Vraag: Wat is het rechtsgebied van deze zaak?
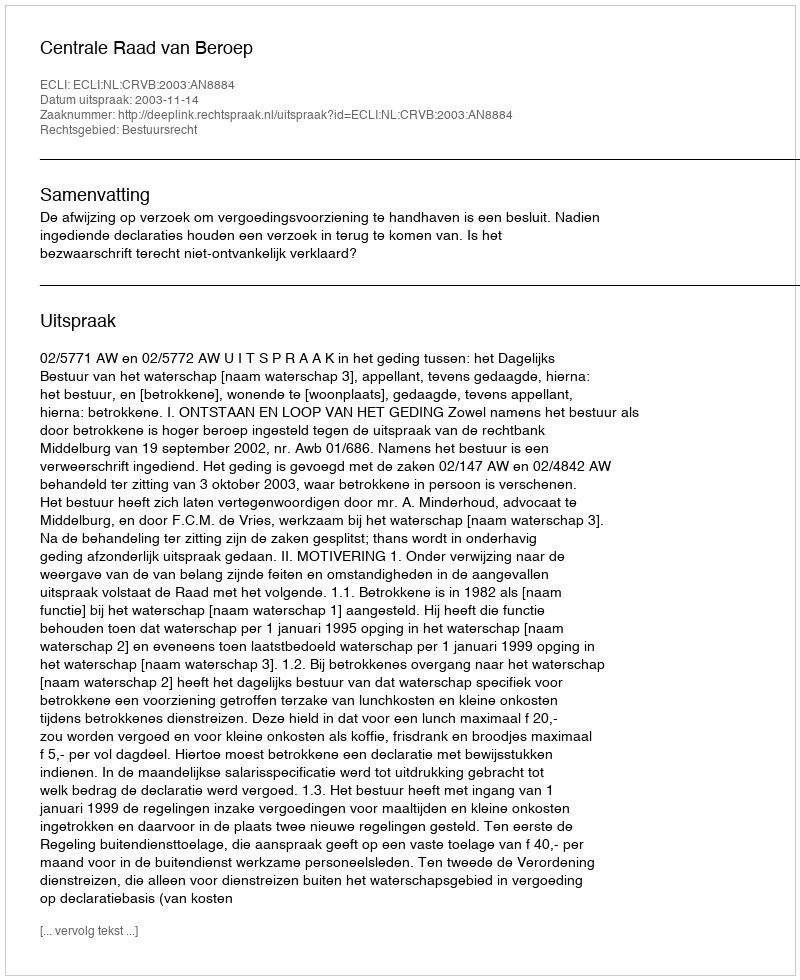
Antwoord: Bestuursrecht